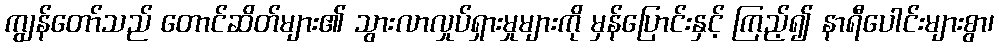
ကျွန်တော်သည် တောင်ဆိတ်များ၏ သွားလာလှုပ်ရှားမှုများကို မှန်ပြောင်းနှင့် ကြည့်၍ နာရီပေါင်းများစွာ၊